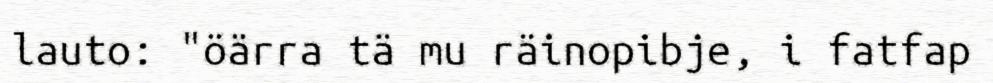
lauto: "öärra tä mu räinopibje, i fatfap